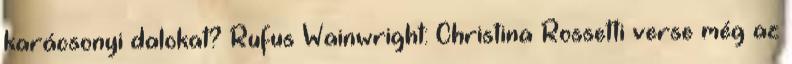
karácsonyi dalokat? Rufus Wainwright: Christina Rossetti verse még az